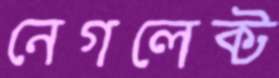
নেগলেক্ট